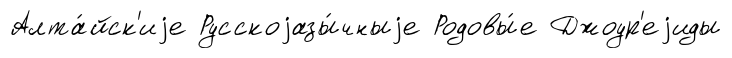
Алта́йск'иjе Русскоjазы́чныjе Родовы́е Джоур'еjиды